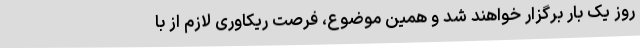
روز یک بار برگزار خواهند شد و همین موضوع، فرصت ریکاوری لازم از با